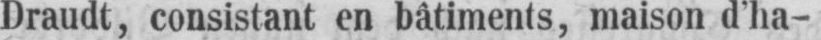
Draudt, consistant en bâtiments, maison d’ha-